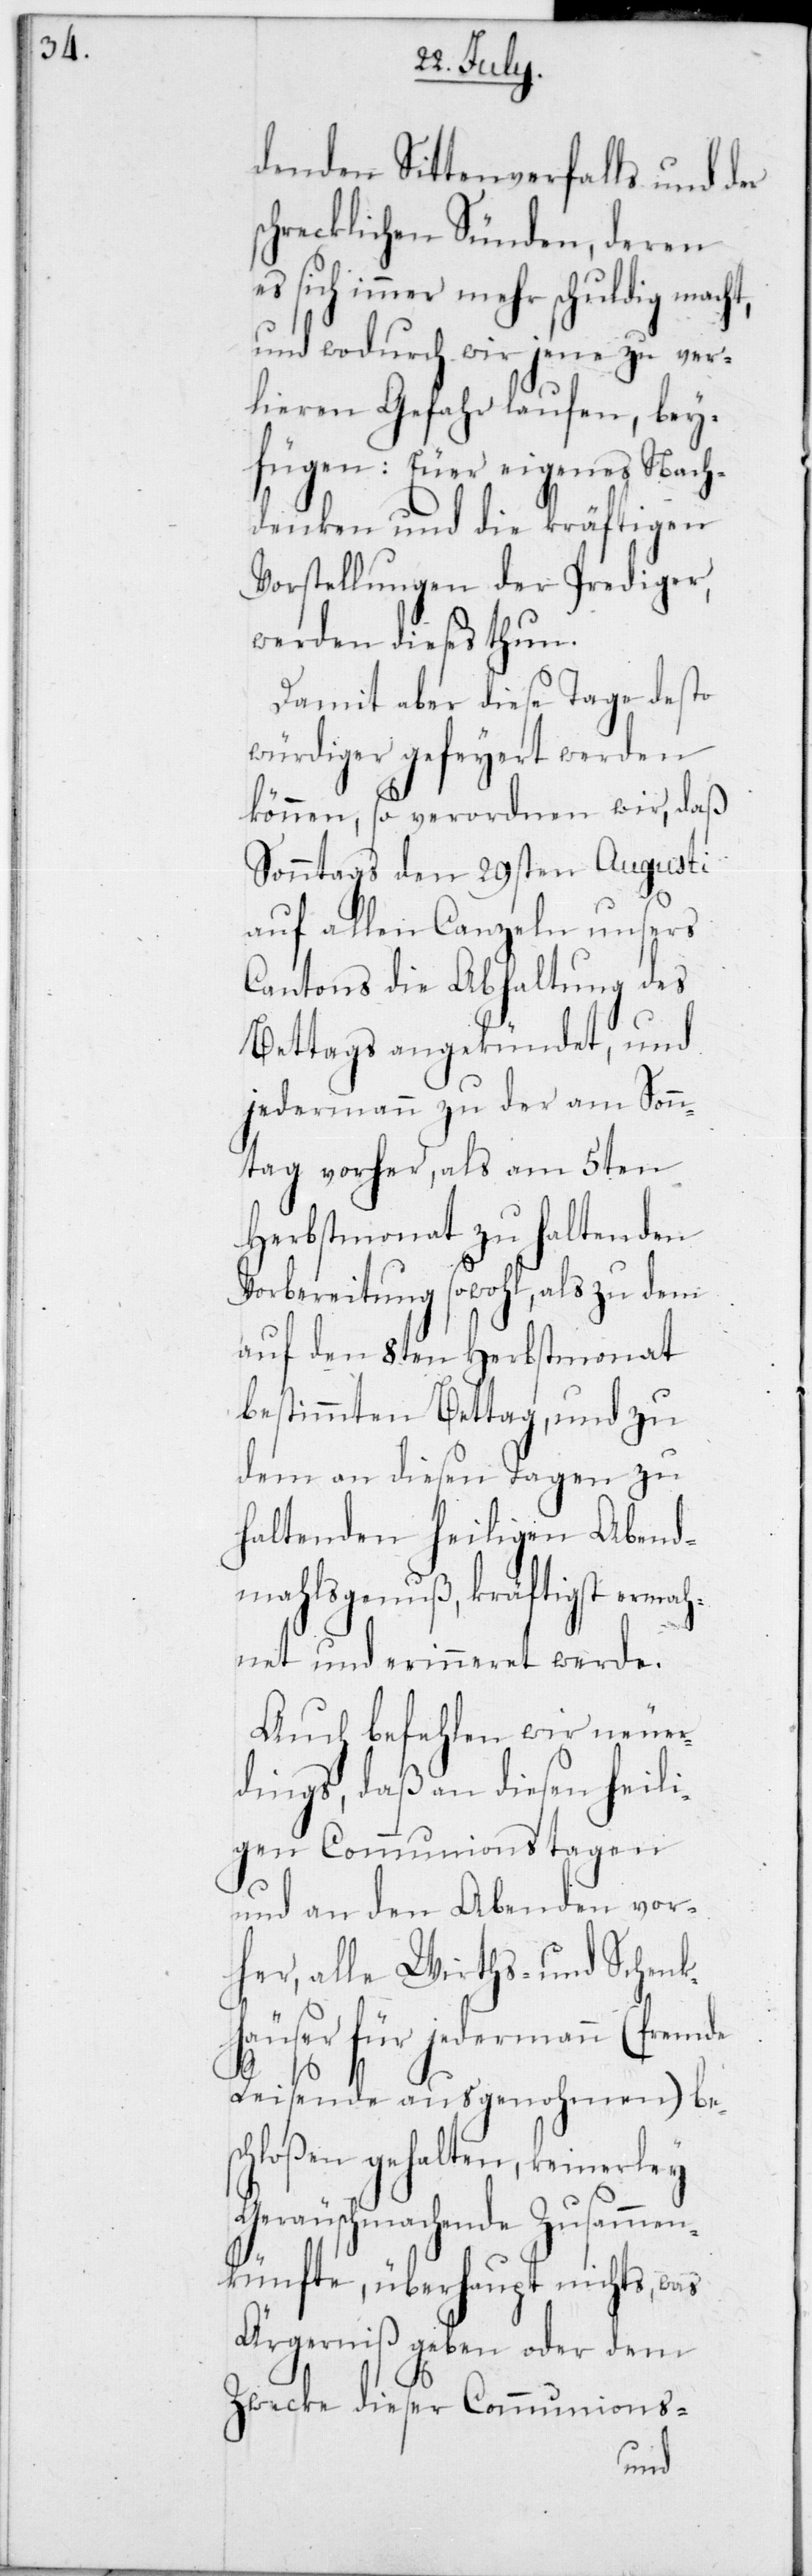
denden Sittenverfalls und der
chrecklichen Sünden, deren
sich immer mehr schuldig macht,
und wodurch wir jene zu ver¬
lieren Gefahr laufen, bey¬
fügen: Euer eigenes Nach¬
denken und die kräftigen
Vorstellungen der Prediger,
werden dieses thun.
Damit aber diese Tage desto
würdiger gefeiert werden
können, so verordnen wir, daß
Sonntags den 29sten Augusti
auf allen Canzeln unsers
Cantons die Abhaltung des
Bettags angekündet, und
jedermann zu der am Sonn¬
tag vorher, als am 5ten
Herbstmonat zu haltenden
Vorbereitung sowohl, als zu dem
auf den 8ten Herbstmonat
bestimmten Bettag, und zu
dem an diesen Tagen zu
haltenden heiligen Abend¬
mahlsgenuß, kräftigst ermah¬
net und erinneret werde.
Auch befehlen wir neuer¬
dings, daß an diesen heili¬
gen Communionstagen
und an den Abenden vor¬
her, alle Wirths- und Schenk¬
häuser für jedermann (fremde
Reisende ausgenohmen) be¬
schloßen gehalten, keinerley
geräuschmachende Zusammen¬
künfte, überhaupt nichts was
Ärgerniß geben oder dem
Zwecke dieser Communions-
s¬